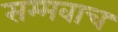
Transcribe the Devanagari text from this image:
सम्मवाच